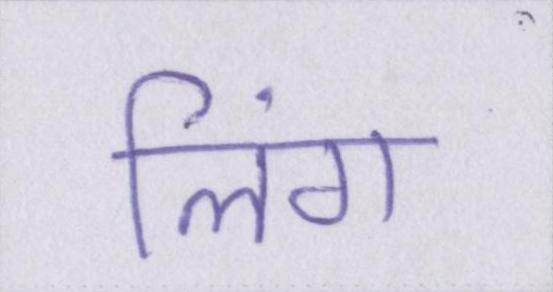
लिंग